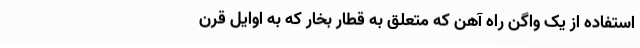
استفاده از یک واگن راه آهن که متعلق به قطار بخار که به اوایل قرن